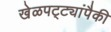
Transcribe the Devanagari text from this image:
खेळपट्ट्यांपैकी